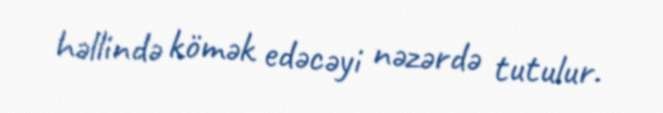
həllində kömək edəcəyi nəzərdə tutulur.